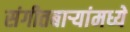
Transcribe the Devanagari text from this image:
संगीतबार्‍यांमध्ये